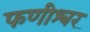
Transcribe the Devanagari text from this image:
फणीश्‍वर